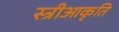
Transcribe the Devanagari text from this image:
स्त्रीआकृति